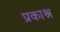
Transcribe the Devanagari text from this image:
प्रकाश्न